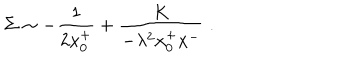
LaTeX: \Sigma \sim - { \frac { 1 } { 2 x _ { 0 } ^ { + } } } + \frac { K } { - \lambda ^ { 2 } x _ { 0 } ^ { + } x ^ { - } } \; .